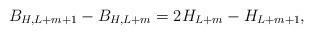
LaTeX: \begin{align*}B_{H,L+m+1}-B_{H,L+m}=2H_{L+m}-H_{L+m+1},\end{align*}